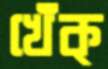
খেঁক্‌